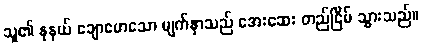
သူ၏ နုနယ် ချောမောသော မျက်နှာသည် အေးဆေး တည်ငြိမ် သွားသည်။